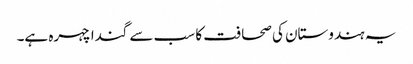
یہ ہندوستان کی صحافت کا سب سے گندا چہرہ ہے۔